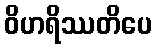
ဝိဟရိဿတိပေ